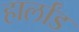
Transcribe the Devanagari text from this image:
हार्लांड